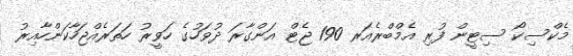
މެކްސިކޯ ސިޓީން ފުރި އެމްބްރެއަރ 190 ޖެޓް އަންގާރަ ދުވަހުގެ ހަވީރު ހަތަރެއްޖަހާކަންހާއިރު